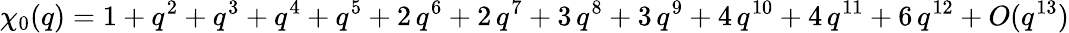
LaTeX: \chi_{0}(q)=1+q^{2}+q^{3}+q^{4}+q^{5}+2\, q^{6}+2\, q^{7}+3\, q^{8}+3\, q^{9}+4\, q^{10}+4\, q^{11}+6\, q^{12}+O(q^{13})